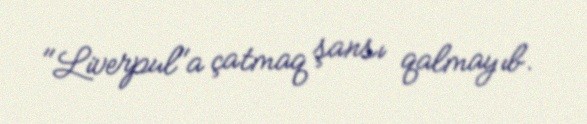
"Liverpul"a çatmaq şansı qalmayıb.